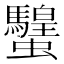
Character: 𧕸